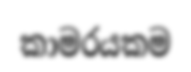
කාමරයකම